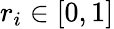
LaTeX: r_{i}\in[0,1]